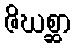
ဇိဃစ္ဆာ